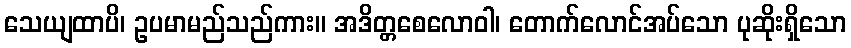
သေယျထာပိ၊ ဥပမာမည်သည်ကား။ အဒိတ္တစေလောဝါ၊ တောက်လောင်အပ်သော ပုဆိုးရှိသော